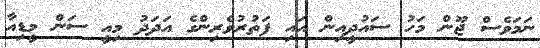
ނަމަވެސް ޖޫން މަހު ސައުދީއިން އައި ފަތުރުވެރިންގެ އަދަދު މިއީ ސަން މީޑިއާ